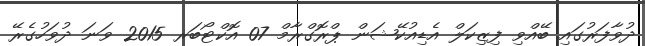
ދުވާފަރުގައި ބޭއްވި ފިޒިކަލް އެޑިއުކޭޝަން ޕްރޮގްރާމް 07 އޮކްޓޯބަރ 2015 ވަނަ ދުވަހުގެރޭ